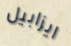
ايزابيل